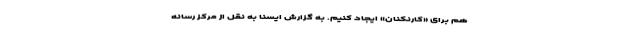
هم برای «کارنکنان» ایجاد کنیم. به گزارش ایسنا به نقل از مرکز رسانه